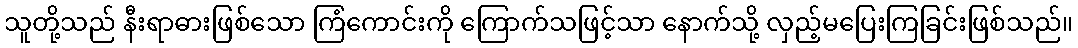
သူတို့သည် နီးရာဓားဖြစ်သော ကြံကောင်းကို ကြောက်သဖြင့်သာ နောက်သို့ လှည့်မပြေးကြခြင်းဖြစ်သည်။